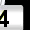
Digit: 3